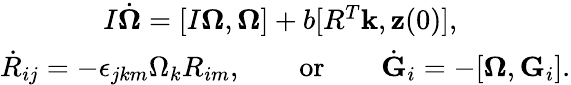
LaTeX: \begin{array}{r}{I\dot{\boldsymbol\Omega}=[I{\boldsymbol\Omega},{\boldsymbol\Omega}]+b[R^{T}{\mathbf k},{\mathbf z}(0)],\qquad\qquad}\\ {\dot{R}_{ij}=-\epsilon_{jkm}\Omega_{k}R_{im},\qquad\mathrm{or}\qquad\dot{\mathbf G}_{i}=-[{\boldsymbol\Omega},{\mathbf G}_{i}].}\end{array}